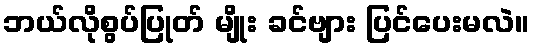
ဘယ်လိုစွပ်ပြုတ် မျိုး ခင်ဗျား ပြင်ပေးမလဲ။